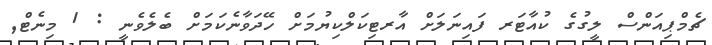
ޗެމްޕިއަންސް ލީގުގެ ކުއާޓަރ ފައިނަލަށް އާރޓިކަލްކިޔުމަށް ހޭދަވާނެކަމަށް ބެލެވެނީ : 1 މިނެޓް